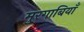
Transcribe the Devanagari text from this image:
मुरगाबियाँ